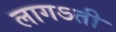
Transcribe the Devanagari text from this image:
लागऽती